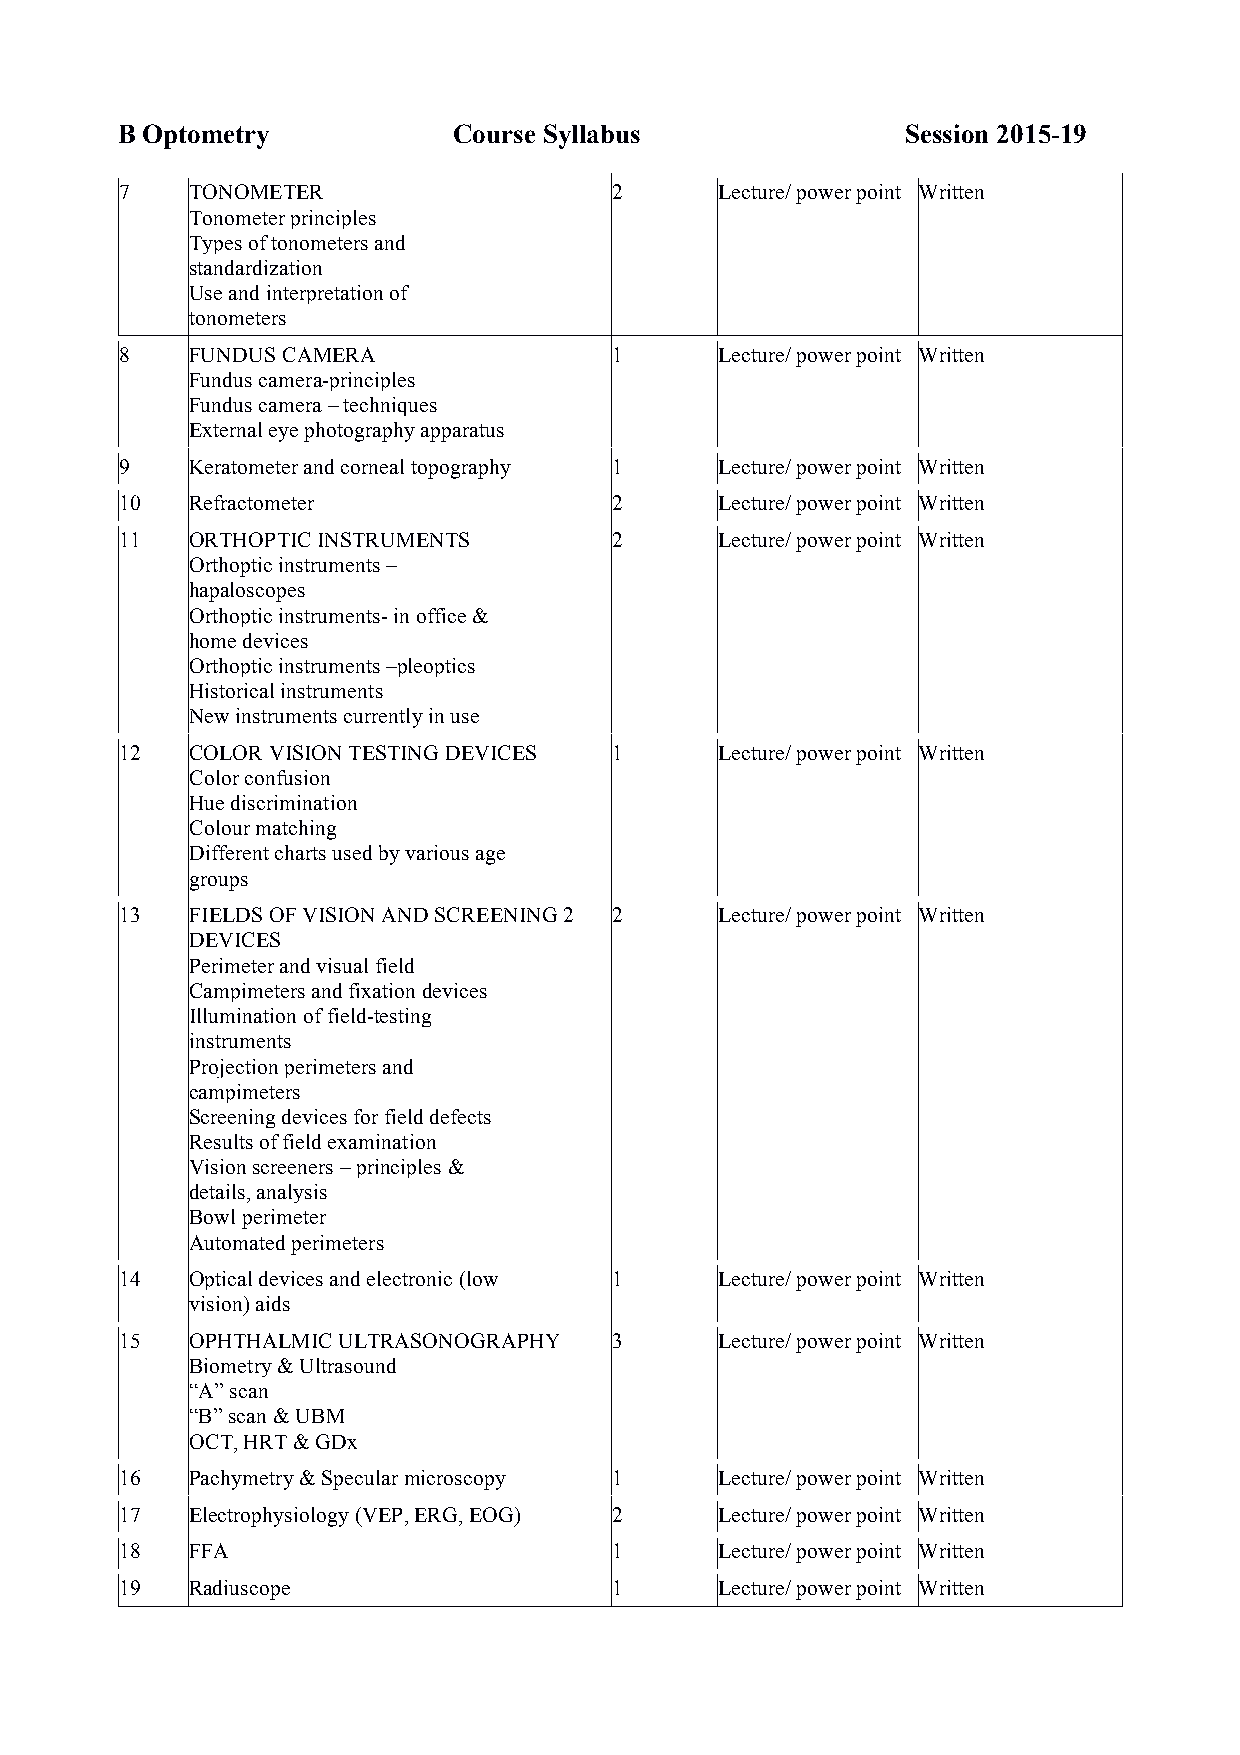
B Optometry           Course Syllabus               Session 2015-19
 7    TONOMETER                   2      Lecture/ power point Written
 Tonometer principles
 Types of tonometers and
 standardization
 Use and interpretation of
 tonometers
 8    FUNDUS CAMERA               1      Lecture/ power point Written
 Fundus camera-principles
 Fundus camera – techniques
 External eye photography apparatus
 9    Keratometer and corneal topography 1 Lecture/ power point Written
 10   Refractometer               2      Lecture/ power point Written
 11   ORTHOPTIC INSTRUMENTS       2      Lecture/ power point Written
 Orthoptic instruments –
 hapaloscopes
 Orthoptic instruments- in office &
 home devices
 Orthoptic instruments –pleoptics
 Historical instruments
 New instruments currently in use
 12   COLOR VISION TESTING DEVICES 1     Lecture/ power point Written
 Color confusion
 Hue discrimination
 Colour matching
 Different charts used by various age
 groups
 13   FIELDS OF VISION AND SCREENING 2 2 Lecture/ power point Written
 DEVICES
 Perimeter and visual field
 Campimeters and fixation devices
 Illumination of field-testing
 instruments
 Projection perimeters and
 campimeters
 Screening devices for field defects
 Results of field examination
 Vision screeners – principles &
 details, analysis
 Bowl perimeter
 Automated perimeters
 14   Optical devices and electronic (low 1 Lecture/ power point Written
 vision) aids
 15   OPHTHALMIC ULTRASONOGRAPHY  3      Lecture/ power point Written
 Biometry & Ultrasound
 “A” scan
 “B” scan & UBM
 OCT, HRT & GDx
 16   Pachymetry & Specular microscopy 1 Lecture/ power point Written
 17   Electrophysiology (VEP, ERG, EOG) 2 Lecture/ power point Written
 18   FFA                         1      Lecture/ power point Written
 19   Radiuscope                  1      Lecture/ power point Written